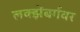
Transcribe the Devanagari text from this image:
लक्झेंबर्गवर